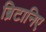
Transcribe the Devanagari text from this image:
ब्रिटानिए